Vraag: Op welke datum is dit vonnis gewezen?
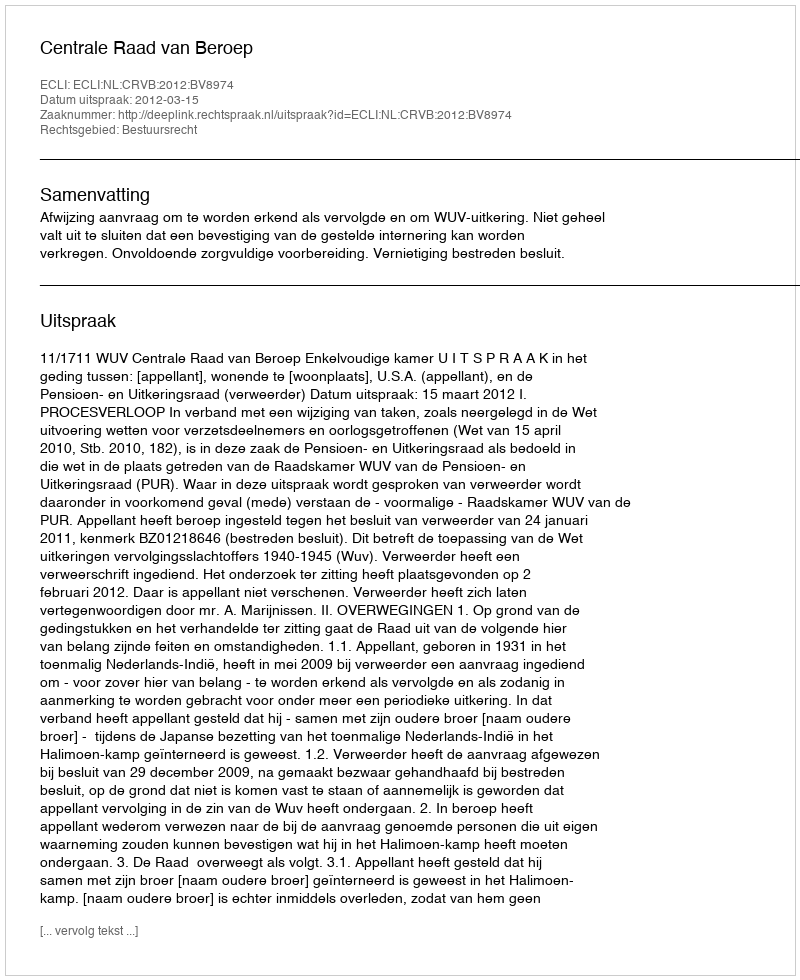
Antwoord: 2012-03-15